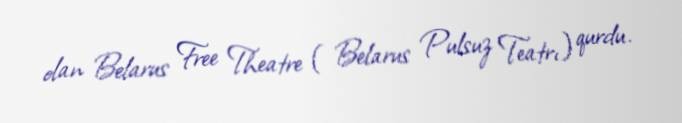
olan Belarus Free Theatre ( Belarus Pulsuz Teatrı) qurdu.